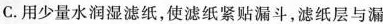
C.用少量水润湿滤纸，使滤纸紧贴漏斗，滤纸层与漏斗壁之间不留气泡